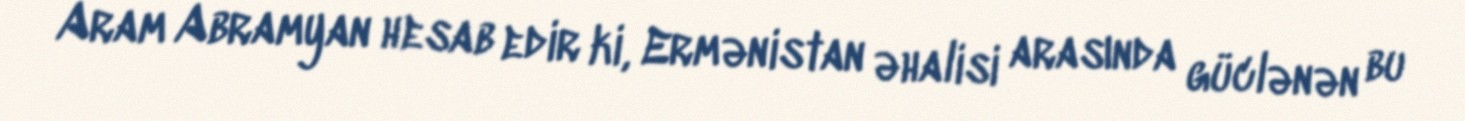
Aram Abramyan hesab edir ki, Ermənistan əhalisi arasında güclənən bu